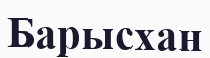
Барысхан